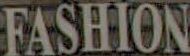
FASHION